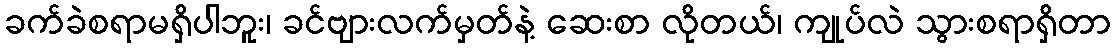
ခက်ခဲစရာမရှိပါဘူး၊ ခင်ဗျားလက်မှတ်နဲ့ ဆေးစာ လိုတယ်၊ ကျုပ်လဲ သွားစရာရှိတာ